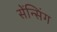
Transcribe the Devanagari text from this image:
सेंन्सिंग